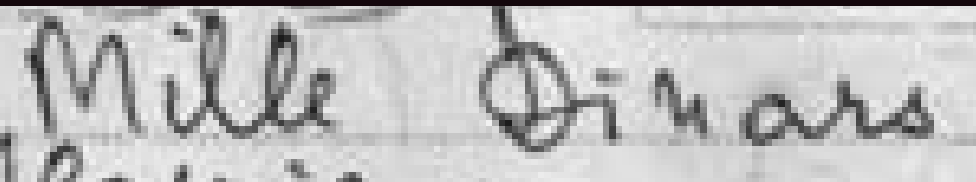
Mille Dinars